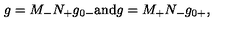
g = M _ { - } N _ { + } g _ { 0 - } \mathrm { a n d } g = M _ { + } N _ { - } g _ { 0 + } ,